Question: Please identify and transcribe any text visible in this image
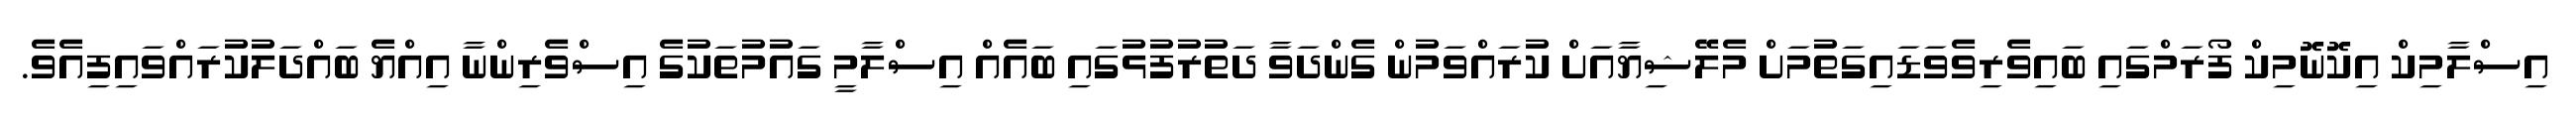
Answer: އިސްލާމިކް އިކޮނޮމިކް ފޯރަމްގައި ބައިވެރިވެވަޑައިގަތުމަށް މެލޭޝިޔާއަށް ކުރައްވަމުން ގެންދަވާ ދަތުރުފުޅުގައި ބައެއް އިސްލާމީ ގައުމުތަކުގެ އިސްވެރިންނާ އިއްޔެ ބައްދަލުކުރައްވައިފިއެވެ.